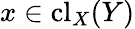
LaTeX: x\in\mathrm{{cl}}_{X}(Y)